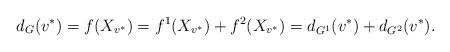
LaTeX: \begin{align*}d_G(v^*) = f(X_{v^*}) =f^1(X_{v^*}) + f^2(X_{v^*})=d_{G^1}(v^*) + d_{G^2}(v^*).\end{align*}